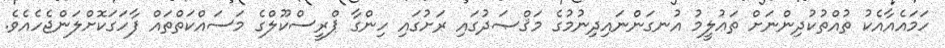
ހަމައެއާއެކު ތުއްތުކުދިންނަށް ތަޢުލީމު އުނގަންނައިދިނުމުގެ މަޤްޞަދުގައި ރަށުގައި ހިންގާ ޕްރީސްކޫލްގެ މަސައްކަތްތައް ފާހަގަކޮށްލަންޖެހެއެވެ.